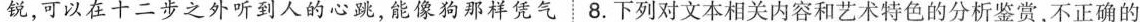
锐，可以在十二步之外听到人的心跳，能像狗那样凭气8.下列对文本相关内容和艺术特色的分析鉴赏，不正确的